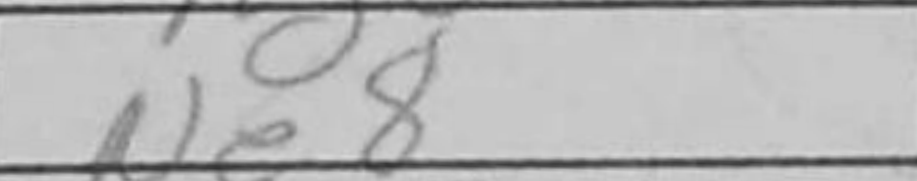
Transcription: Ne8